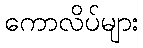
ကောလိပ်များ